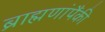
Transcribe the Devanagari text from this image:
ब्राह्मणांपैंकी